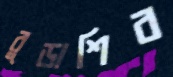
বুড়াশিব